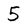
Character: 5